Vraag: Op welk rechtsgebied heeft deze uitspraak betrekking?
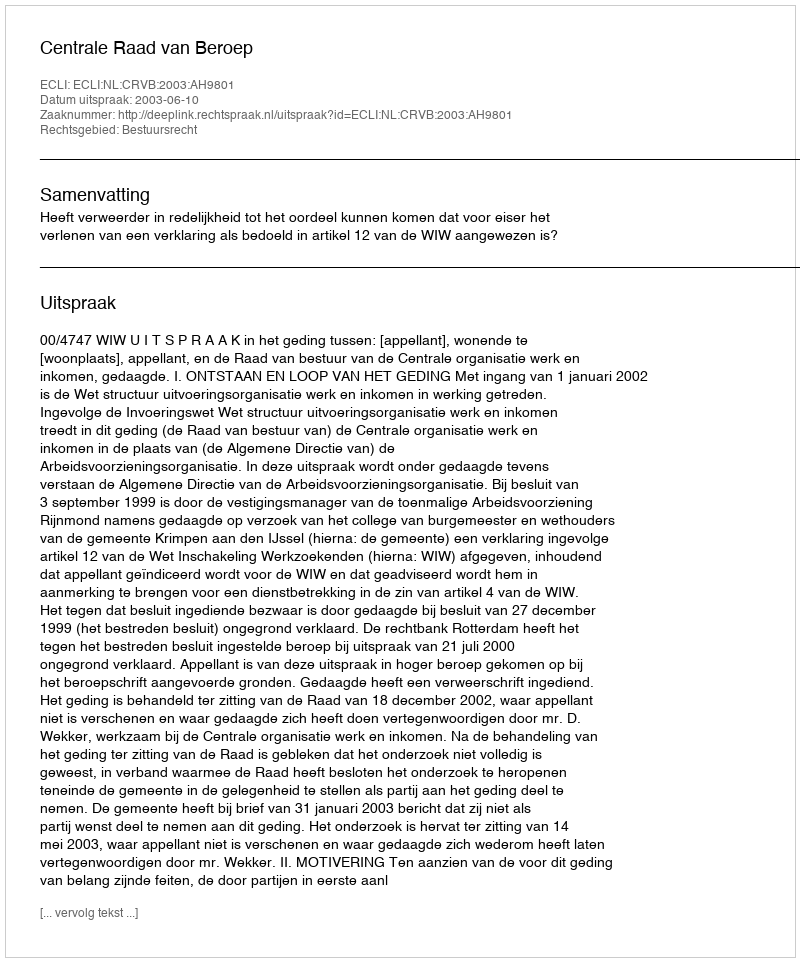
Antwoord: Bestuursrecht